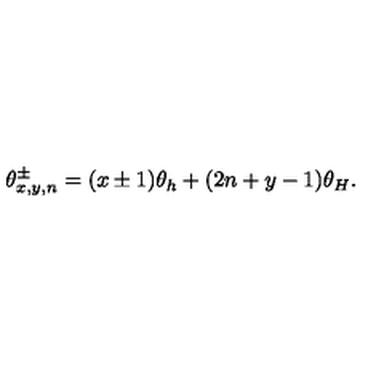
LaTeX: \theta _ { x , y , n } ^ { \pm } = ( x \pm 1 ) \theta _ { h } + ( 2 n + y - 1 ) \theta _ { H } .